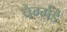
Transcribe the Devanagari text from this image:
पेर्ग्गडे